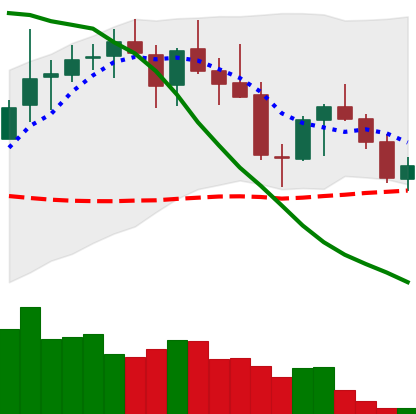
Ticker: LINK-USD
Chart end date: 2018-05-18
Forward return: -23.674%
Label: down_7plus